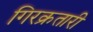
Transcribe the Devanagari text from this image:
गिरक्रतारी